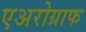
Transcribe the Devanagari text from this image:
एअरोग्राफ